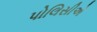
પોલિસીએ